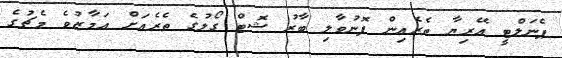
ޕެނަލްޓީ އޭރިޔާ ތެރެެއިން ފޮނުވާލި ބާރު ޝޮޓް ގޯލުގެ ތެރެއަށް އަމާޒުވެ މެޗުގެ